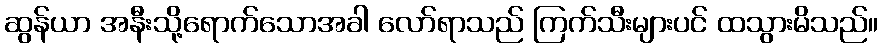
ဆွန်ယာ အနီးသို့ရောက်သောအခါ လော်ရာသည် ကြက်သီးများပင် ထသွားမိသည်။